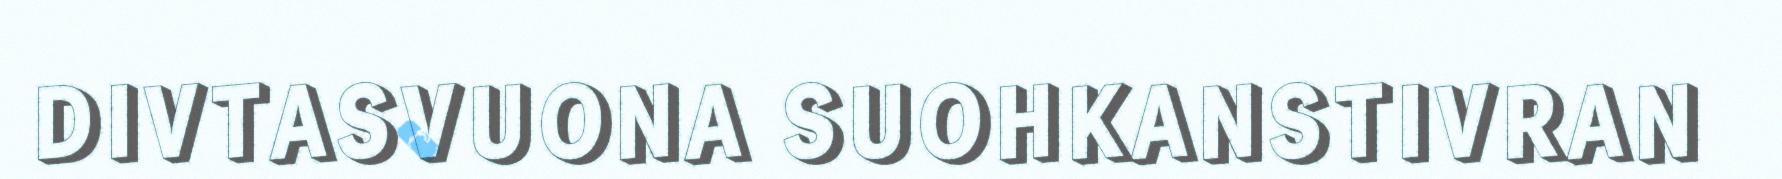
DIVTASVUONA SUOHKANSTIVRAN